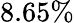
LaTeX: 8.65\%